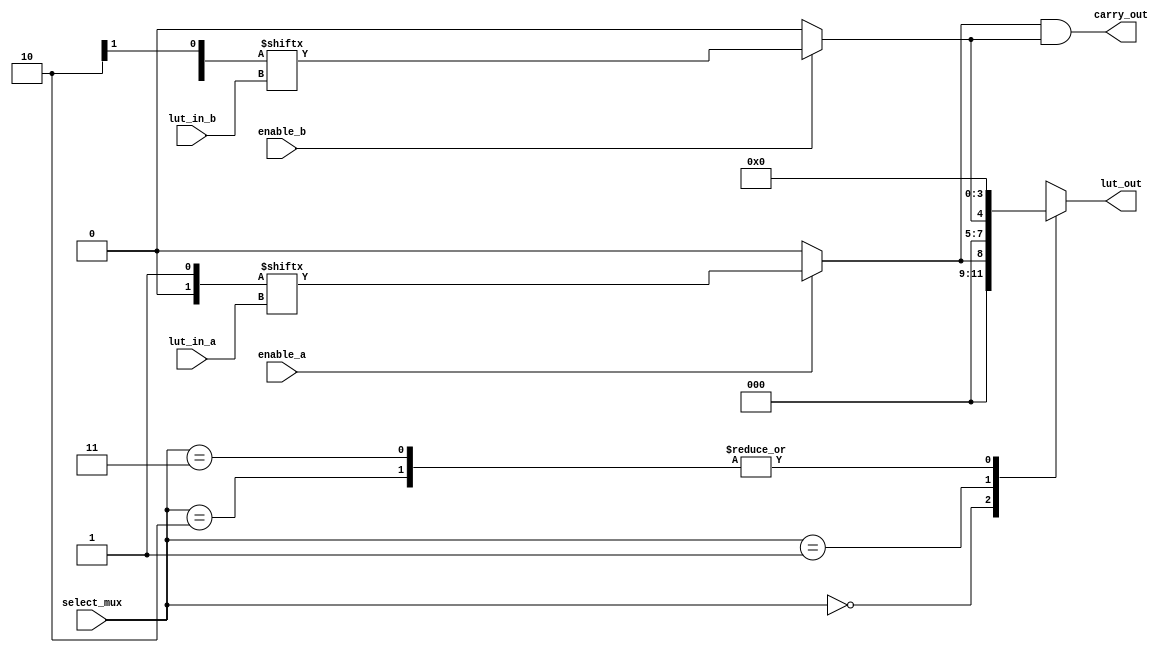
module CLB (
    input wire [3:0] lut_in_a,      // Inputs for LUT A
    input wire [3:0] lut_in_b,      // Inputs for LUT B
    input wire [1:0] select_mux,     // Selector for multiplexers
    input wire enable_a,             // Enable signal for LUT A
    input wire enable_b,             // Enable signal for LUT B
    output wire [3:0] lut_out,       // Output from the LUTs
    output wire carry_out            // Carry output for arithmetic operations
);

// Lookup Table (LUT) A
reg [15:0] lut_a_config; // Configuration for LUT A (16 possible combinations for 4 inputs)
wire lut_a_out;

// LUT A functionality
always @(*) begin
    if (enable_a) begin
        lut_a_out = lut_a_config[{lut_in_a[3], lut_in_a[2], lut_in_a[1], lut_in_a[0]}];
    end else begin
        lut_a_out = 1'b0; // Output is disabled
    end
end

// Lookup Table (LUT) B
reg [15:0] lut_b_config; // Configuration for LUT B (16 possible combinations for 4 inputs)
wire lut_b_out;

// LUT B functionality
always @(*) begin
    if (enable_b) begin
        lut_b_out = lut_b_config[{lut_in_b[3], lut_in_b[2], lut_in_b[1], lut_in_b[0]}];
    end else begin
        lut_b_out = 1'b0; // Output is disabled
    end
end

// MUX to select output from LUT A or LUT B
always @(*) begin
    case (select_mux)
        2'b00: lut_out = {3'b000, lut_a_out}; // Output from LUT A
        2'b01: lut_out = {3'b000, lut_b_out}; // Output from LUT B
        2'b10: lut_out = 4'b0000; // Reserved option
        2'b11: lut_out = 4'b0000; // Reserved option
        default: lut_out = 4'b0000;
    endcase
end

// Carry Logic (simple example)
assign carry_out = lut_a_out & lut_b_out; // Example carry logic (AND of LUT outputs)

endmodule